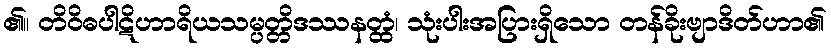
၏။ တိဝိဓပါဋိဟာရိယသမ္ပတ္တိဒဿနတ္ထံ၊ သုံးပါးအပြားရှိသော တန်ခိုးဗျာဒိတ်ဟာ၏